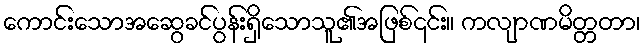
ကောင်းသောအဆွေခင်ပွန်းရှိသောသူ၏အဖြစ်၎င်း။ ကလျာဏမိတ္တတာ၊